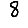
Digit: 8